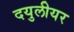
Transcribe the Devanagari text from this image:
दयुलीयर